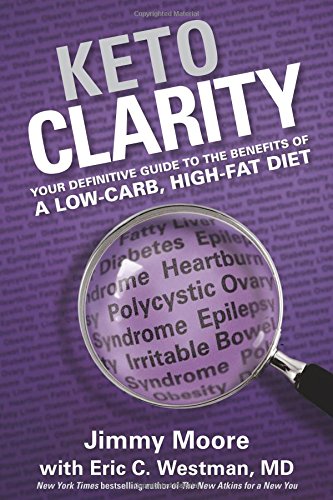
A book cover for Keto Clarity: Your Definitive Guide to the Benefits of a Low-Carb, High-Fat Diet; Jimmy Moore; Health, Fitness & Dieting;